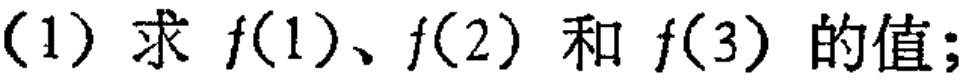
(1) 求 \(f(1)\)、\(f(2)\) 和 \(f(3)\) 的值；